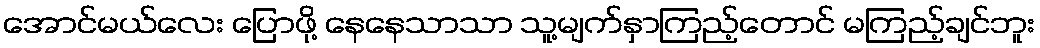
အောင်မယ်လေး ပြောဖို့ နေနေသာသာ သူ့မျက်နှာကြည့်တောင် မကြည့်ချင်ဘူး